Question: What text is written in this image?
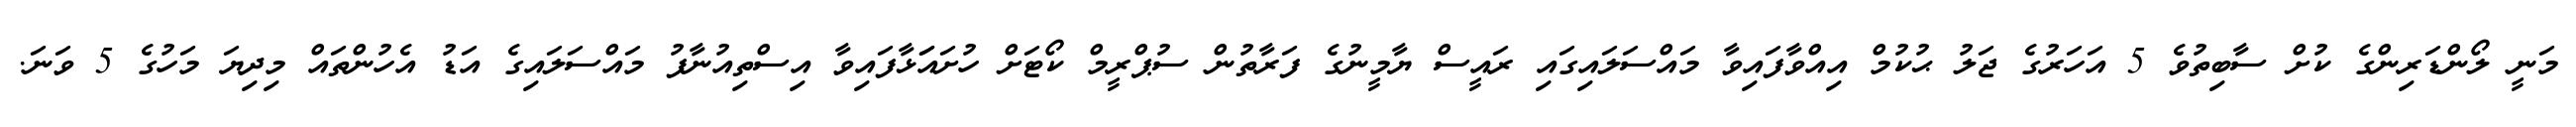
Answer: މަނީ ލޯންޑަރިންގެ ކުށް ސާބިތުވެ 5 އަހަރުގެ ޖަލު ޙުކުމް އިއްވާފައިވާ މައްސަލައިގައި ރައީސް ޔާމީނުގެ ފަރާތުން ސުޕްރީމް ކޯޓަށް ހުށައަަޅާފައިވާ އިސްތިއުނާފު މައްސަލައިގެ އަޑު އެހުންތައް މިދިޔަ މަހުގެ 5 ވަނަ.